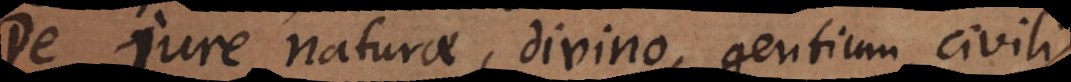
De jure naturae, divino, gentium, civili,